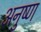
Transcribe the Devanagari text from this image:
अनुष्ण